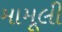
મામૂલી